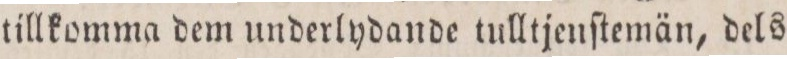
tillkomma dem underlydande tulltjenſtemän, dels